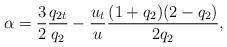
LaTeX: \begin{align*}\alpha = \frac{3}{2}\frac{q_{2t}}{q_2} - \frac{u_t}{u}\frac{(1+q_2)(2-q_2)}{2q_2},\end{align*}